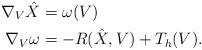
LaTeX: \begin{align*}\nabla_{V} \hat X &= \omega (V)\\\nabla_V \omega&= -R(\hat X, V) + T_h (V).\end{align*}